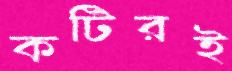
কটিরই